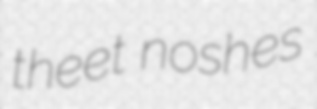
theet noshes